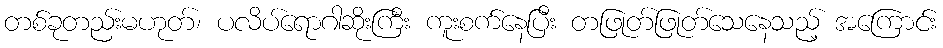
တစ်ခုတည်းမဟုတ်၊ ပလိပ်ရောဂါဆိုးကြီး ကူးစက်နေပြီး တဖြုတ်ဖြုတ်သေနေသည့် အကြောင်း